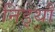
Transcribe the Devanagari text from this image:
निड्थौ